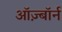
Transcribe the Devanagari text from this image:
ऑज़्बॉर्न